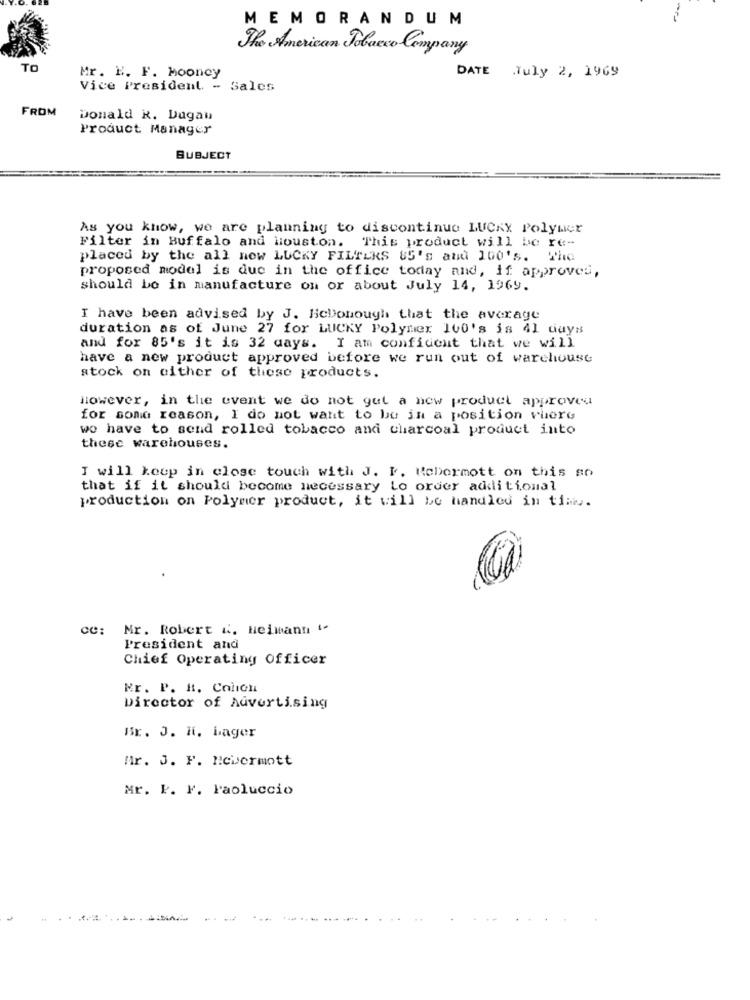
MEMORANDUM
-
The American Tobacco Company
TO
Mr. E. F. Mooney
DATE July 2, 1969
Vice President - Sales
FROM
Donald R. Dugau
Product Manager
SUBJECT
As you know, we are planning to discontinue LUCKY Polymer
This product will be re-
Filter in Buffalo and Houston.
placed by the all new LUCKY FILTERS 85's and 100's. The
proposed model is due in the office today and, if approves,
should be in manufacture on or about July 14, 1969.
I have been advised by J. HicDonough that the average
duration as of June 27 for LUCKY Polymer 100's is 41 days
and for 85's it is 32 days. I am confident that we will
have a new product approved before we run out of warchouse
stock on either of these products.
However, in the event we do not get a new product approved
for some reason, I do not want to be in a position where
wo have to send rolled tobacco and charcoal product into
these warehouses.
I will keep in close touch with J. P. Mobormott on this so
that if it should become necessary to order additional
production on Polymer product, it will be handled in the.
Mr. Robert &. Heimann "
President and
Chief Operating Officer
Mr. P. H. Colon
Director of Advertising
Br. J. H. Lager
Mr. J. F. Nevermott
Mr. P. F. Paoluccio